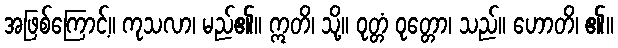
အဖြစ်ကြောင့်။ ကုသလာ၊ မည်၏။ ဣတိ၊ သို့။ ဝုတ္တံ ဝုတ္တော၊ သည်။ ဟောတိ၊ ၏။